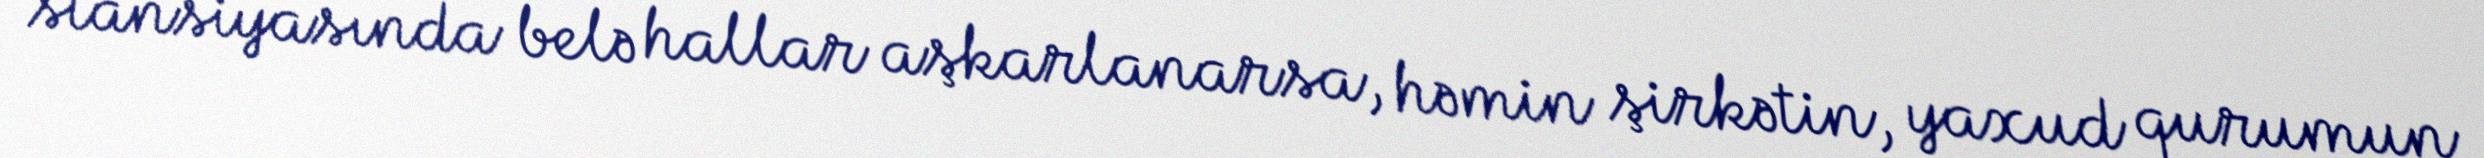
stansiyasında belə hallar aşkarlanarsa, həmin şirkətin, yaxud qurumun